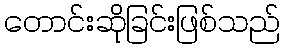
တောင်းဆိုခြင်းဖြစ်သည်